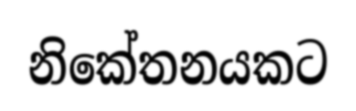
නිකේතනයකට